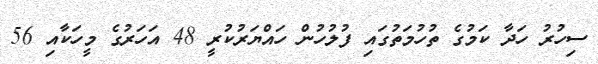
ސިހުރު ހަދާ ކަމުގެ ތުހުމަތުގައި ފުލުހުން ހައްޔަރުކުރީ 48 އަހަރުގެ މީހަކާއި 56